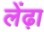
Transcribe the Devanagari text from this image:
लेंढ़ा